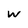
Character: W